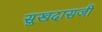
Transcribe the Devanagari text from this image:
सुखदासजी